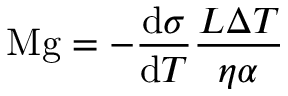
\mathrm { M g } = - { \frac { \mathrm { d } \sigma } { \mathrm { d } T } } { \frac { L \Delta T } { \eta \alpha } }